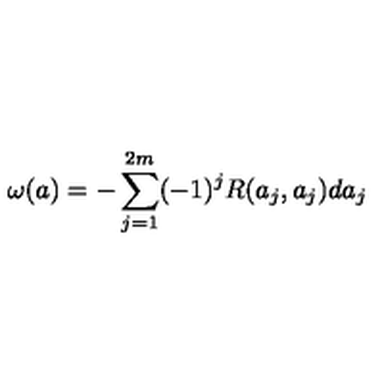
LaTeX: \omega ( a ) = - \sum _ { j = 1 } ^ { 2 m } ( - 1 ) ^ { j } R ( a _ { j } , a _ { j } ) d a _ { j }